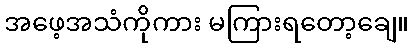
အဖေ့အသံကိုကား မကြားရတော့ချေ။